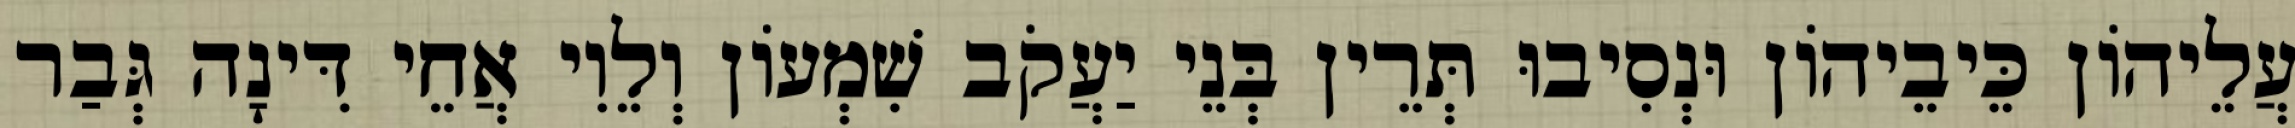
עֲלֵיהוֹן כֵּיבֵיהוֹן וּנְסִיבוּ תְּרֵין בְּנֵי יַעֲקֹב שִׁמְעוֹן וְלֵוִי אֲחֵי דִּינָה גְּבַר